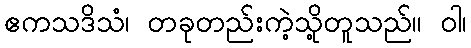
ဧကသဒိသံ၊ တခုတည်းကဲ့သို့တူသည်။ ဝါ၊